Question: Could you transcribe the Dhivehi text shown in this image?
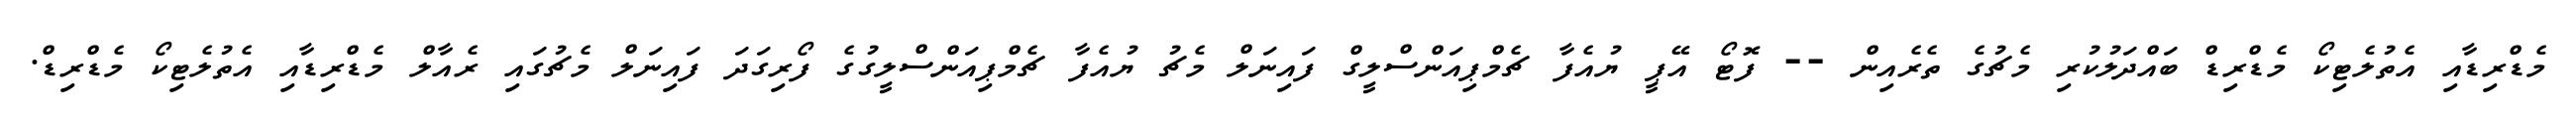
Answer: މެޑްރިޑާއި އެތުލެޓިކޯ މެޑްރިޑް ބައްދަލުކުރި މެޗުގެ ތެރެއިން -- ފޮޓޯ އޭޕީ ޔުއެފާ ޗެމްޕިއަންސްލީގް ފައިނަލް މެޗު ޔުއެފާ ޗެމްޕިއަންސްލީގުގެ ފޯރިގަދަ ފައިނަލް މެޗުގައި ރެއާލް މެޑްރިޑާއި އެތުލެޓިކޯ މެޑްރިޑް.